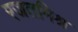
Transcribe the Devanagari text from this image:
रजतमिश्र